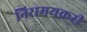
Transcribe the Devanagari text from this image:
निरामयकरी